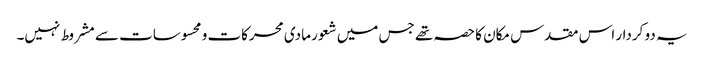
یہ دو کردار اس مقدس مکان کا حصہ تھے جس میں شعور مادی محرکات و محسوسات سے مشروط نہیں۔